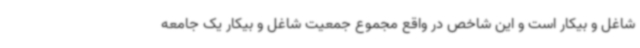
شاغل و بیکار است و این شاخص در واقع مجموع جمعیت شاغل و بیکار یک جامعه